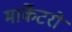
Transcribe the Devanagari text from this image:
मार्केटरों